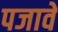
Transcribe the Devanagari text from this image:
पजावे